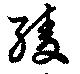
綾